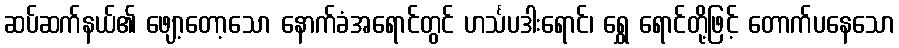
ဆပ်ဆက်နယ်၏ ဖျော့တော့သော နောက်ခံအရောင်တွင် ဟင်္သပဒါးရောင်၊ ရွှေ ရောင်တို့ဖြင့် တောက်ပနေသော